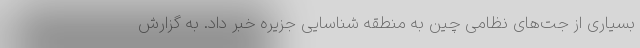
بسیاری از جت‌های نظامی چین به منطقه شناسایی جزیره خبر داد. به گزارش